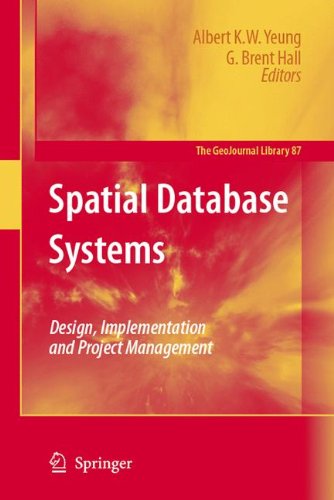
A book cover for Spatial Database Systems: Design, Implementation and Project Management (GeoJournal Library); Albert K.W. Yeung; Science & Math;